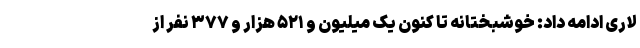
لاری ادامه داد: خوشبختانه تا کنون یک میلیون و ۵۲۱ هزار و ۳۷۷ نفر از